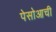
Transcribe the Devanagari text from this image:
पेसोआची